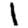
Digit: 1